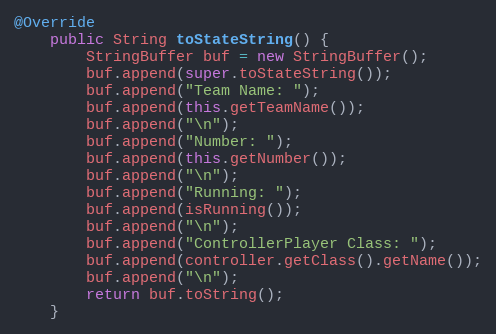
Language: Java
@Override
    public String toStateString() {
        StringBuffer buf = new StringBuffer();
        buf.append(super.toStateString());
        buf.append("Team Name: ");
        buf.append(this.getTeamName());
        buf.append("\n");
        buf.append("Number: ");
        buf.append(this.getNumber());
        buf.append("\n");
        buf.append("Running: ");
        buf.append(isRunning());
        buf.append("\n");
        buf.append("ControllerPlayer Class: ");
        buf.append(controller.getClass().getName());
        buf.append("\n");
        return buf.toString();
    }